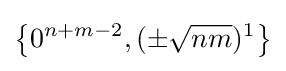
\left\{0^{n+m-2},(\pm {\sqrt {nm}})^{1}\right\}